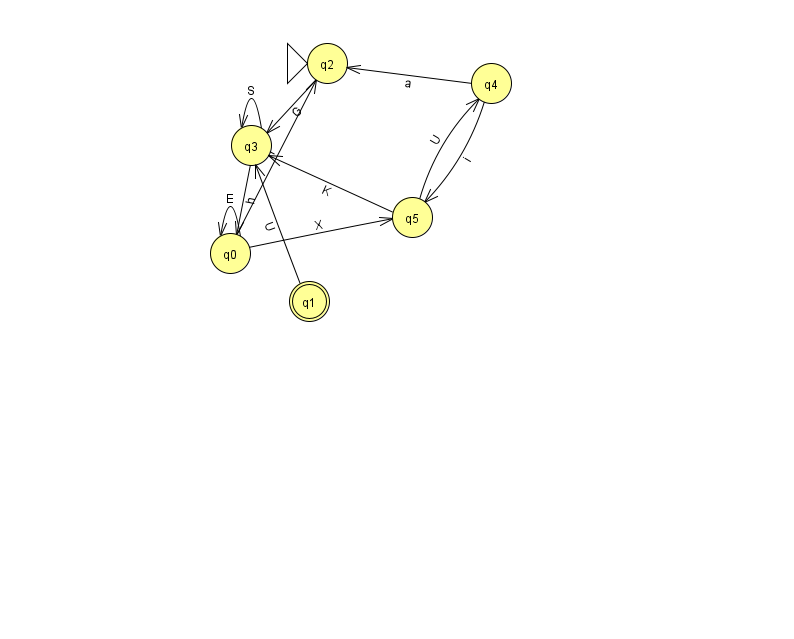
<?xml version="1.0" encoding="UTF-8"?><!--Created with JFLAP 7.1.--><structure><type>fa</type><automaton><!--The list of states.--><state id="0" name="q0"><x>230.0</x><y>240.0</y></state><state id="1" name="q1"><x>309.0</x><y>288.0</y><final/></state><state id="2" name="q2"><x>327.0</x><y>50.0</y><initial/></state><state id="3" name="q3"><x>251.0</x><y>132.0</y></state><state id="4" name="q4"><x>491.0</x><y>70.0</y></state><state id="5" name="q5"><x>412.0</x><y>204.0</y></state><!--The list of transitions.--><transition><from>3</from><to>0</to><read>h</read></transition><transition><from>5</from><to>4</to><read>U</read></transition><transition><from>3</from><to>3</to><read>S</read></transition><transition><from>0</from><to>0</to><read>E</read></transition><transition><from>0</from><to>5</to><read>X</read></transition><transition><from>2</from><to>3</to><read>G</read></transition><transition><from>0</from><to>2</to><read>h</read></transition><transition><from>1</from><to>3</to><read>U</read></transition><transition><from>4</from><to>2</to><read>a</read></transition><transition><from>4</from><to>5</to><read>i</read></transition><transition><from>5</from><to>3</to><read>K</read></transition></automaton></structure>